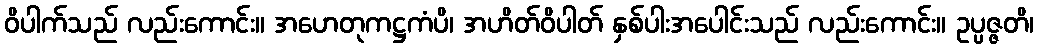
ဝိပါက်သည် လည်းကောင်း။ အဟေတုကဋ္ဌကံပိ၊ အဟိတ်ဝိပါတ် နှစ်ပါးအပေါင်းသည် လည်းကောင်း။ ဥပ္ပဇ္ဇတိ၊